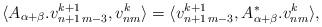
LaTeX: \begin{align*} \langle A_{\alpha+\beta}.v_{n+1\,m-3}^{k+1},v_{nm}^k\rangle= \langle v_{n+1\,m-3}^{k+1},A_{\alpha+\beta}^*.v_{nm}^k\rangle,\end{align*}